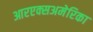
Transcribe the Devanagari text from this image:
आरएक्सअमेरिका